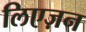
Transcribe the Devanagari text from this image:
लिएज़न